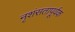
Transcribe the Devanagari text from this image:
नृशंसतापूर्वक